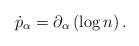
LaTeX: \begin{align*} \dot{p}_\alpha = \partial_\alpha \left(\log n\right).\end{align*}